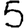
Digit: 5